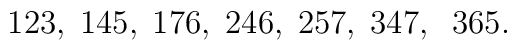
123,\;145,\;176,\;246,\;257,\;347,\;\;365.